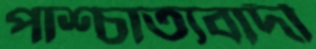
পাশ্চাত্যবাদী